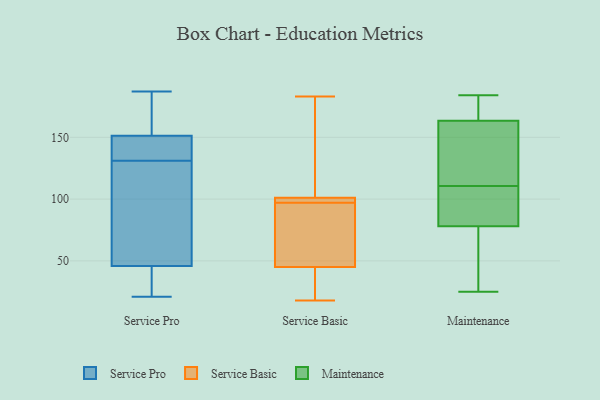
{"axis": {"x": "Satisfaction Score", "y": "Value"}, "legend": ["Maintenance", "Service Basic", "Service Pro"], "data": [{"x": "", "y": 60, "type": "Service Pro"}, {"x": "", "y": 156, "type": "Service Pro"}, {"x": "", "y": 187, "type": "Service Pro"}, {"x": "", "y": 167, "type": "Service Pro"}, {"x": "", "y": 114, "type": "Service Pro"}, {"x": "", "y": 21, "type": "Service Pro"}, {"x": "", "y": 135, "type": "Service Pro"}, {"x": "", "y": 137, "type": "Service Pro"}, {"x": "", "y": 131, "type": "Service Pro"}, {"x": "", "y": 33, "type": "Service Pro"}, {"x": "", "y": 41, "type": "Service Pro"}, {"x": "", "y": 101, "type": "Service Basic"}, {"x": "", "y": 45, "type": "Service Basic"}, {"x": "", "y": 100, "type": "Service Basic"}, {"x": "", "y": 183, "type": "Service Basic"}, {"x": "", "y": 99, "type": "Service Basic"}, {"x": "", "y": 19, "type": "Service Basic"}, {"x": "", "y": 51, "type": "Service Basic"}, {"x": "", "y": 18, "type": "Service Basic"}, {"x": "", "y": 95, "type": "Service Basic"}, {"x": "", "y": 104, "type": "Service Basic"}, {"x": "", "y": 110, "type": "Maintenance"}, {"x": "", "y": 139, "type": "Maintenance"}, {"x": "", "y": 183, "type": "Maintenance"}, {"x": "", "y": 175, "type": "Maintenance"}, {"x": "", "y": 79, "type": "Maintenance"}, {"x": "", "y": 184, "type": "Maintenance"}, {"x": "", "y": 77, "type": "Maintenance"}, {"x": "", "y": 77, "type": "Maintenance"}, {"x": "", "y": 176, "type": "Maintenance"}, {"x": "", "y": 156, "type": "Maintenance"}, {"x": "", "y": 111, "type": "Maintenance"}, {"x": "", "y": 79, "type": "Maintenance"}, {"x": "", "y": 157, "type": "Maintenance"}, {"x": "", "y": 98, "type": "Maintenance"}, {"x": "", "y": 25, "type": "Maintenance"}, {"x": "", "y": 103, "type": "Maintenance"}, {"x": "", "y": 170, "type": "Maintenance"}, {"x": "", "y": 111, "type": "Maintenance"}, {"x": "", "y": 52, "type": "Maintenance"}, {"x": "", "y": 48, "type": "Maintenance"}]}